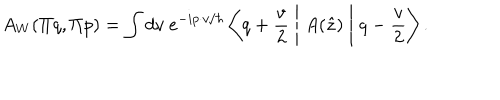
A _ { W } ( \Pi q , \Pi p ) = \int d v ~ e ^ { - i p \cdot v / \hbar } \left\langle q + \frac { v } { 2 } \Biggm | A ( \hat { z } ) \Biggm | q - \frac { v } { 2 } \right\rangle .